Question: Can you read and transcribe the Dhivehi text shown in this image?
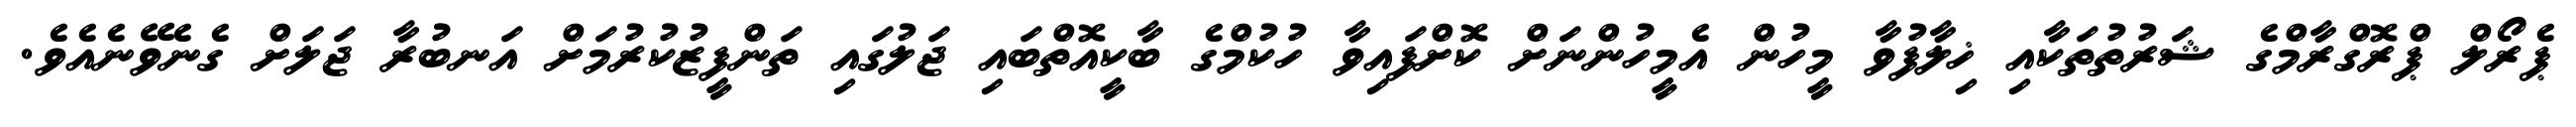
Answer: ޕެރޯލް ޕްރޮގްރާމްގެ ޝަރުތުތަކާއި ޚިލާފުވާ މީހުން އެމީހުންނަށް ކޮށްފައިވާ ހުކުމްގެ ބާކީއޮތްބައި ޖަލުގައި ތަންފީޒުކުރުމަށް އަނބުރާ ޖަލަށް ގެނެވޭނެއެވެ.